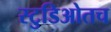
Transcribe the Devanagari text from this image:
स्टुडिओतच